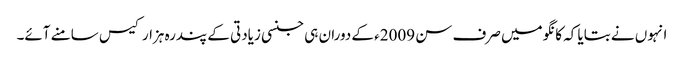
انہوں نے بتایا کہ کانگو میں صرف سن 2009ء کے دوران ہی جنسی زیادتی کے پندرہ ہزار کیس سامنے آئے۔